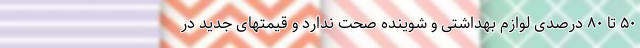
۵۰ تا ۸۰ درصدی لوازم بهداشتی و شوینده صحت ندارد و قیمتهای جدید در